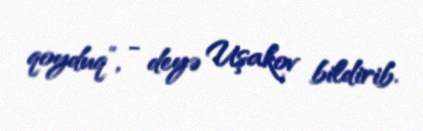
qoyduq”, - deyə Uşakov bildirib.